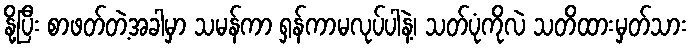
နို့ပြီး စာဖတ်တဲ့အခါမှာ သမန်ကာ ရှန်ကာမလုပ်ပါနဲ့၊ သတ်ပုံကိုလဲ သတိထားမှတ်သား